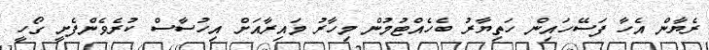
ރެޔާން އެހާ ފަސޭހައިން ހަތިޔާރު ބެހެއްޓުމުން މިހާރު މައިރާއަށް އިހުސާސް ކުރެވެންފެށީ ގޯހީ